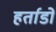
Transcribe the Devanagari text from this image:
हर्ताडो